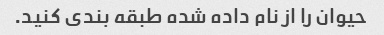
حیوان را از نام داده شده طبقه بندی کنید.